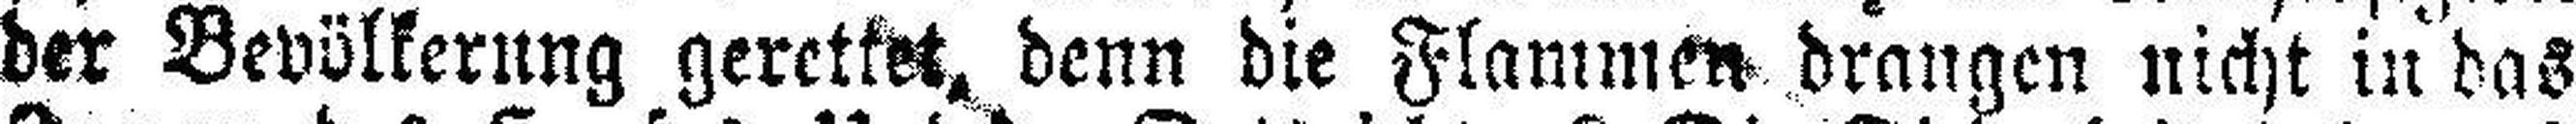
der Bevölkerung gerettet, denn die Flammen drangen nicht in das